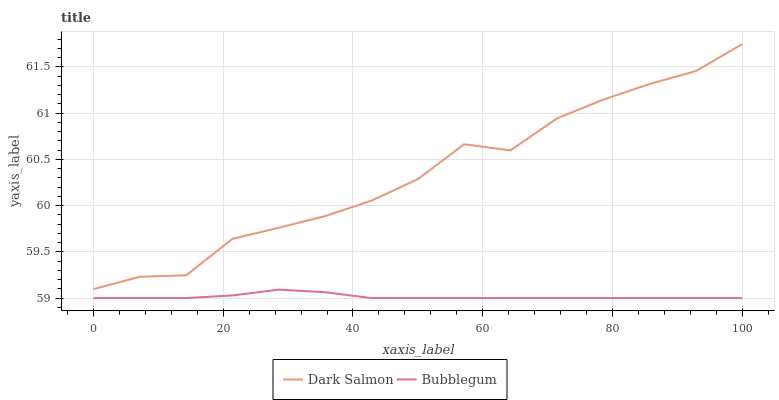
| xaxis_label | Dark Salmon | Bubblegum |
 | --- | --- | --- |
 | 0 | 59.1 | 59 |
 | 7.14 | 59.2 | 59 |
 | 14.3 | 59.2 | 59 |
 | 21.4 | 59.6 | 59 |
 | 28.6 | 59.8 | 59.1 |
 | 35.7 | 59.9 | 59.1 |
 | 42.9 | 60.1 | 59 |
 | 50 | 60.3 | 59 |
 | 57.1 | 60.7 | 59 |
 | 64.3 | 60.6 | 59 |
 | 71.4 | 60.9 | 59 |
 | 78.6 | 61.1 | 59 |
 | 85.7 | 61.3 | 59 |
 | 92.9 | 61.5 | 59 |
 | 100 | 61.7 | 59 |